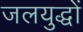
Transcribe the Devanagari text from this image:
जलयुद्धों